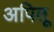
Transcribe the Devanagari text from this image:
अपितू